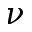
\nu